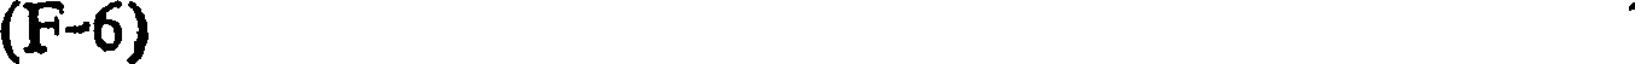
(F-6)